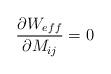
LaTeX: \begin{align*}\frac{\partial W_{eff}}{\partial M_{ij}} = 0\end{align*}